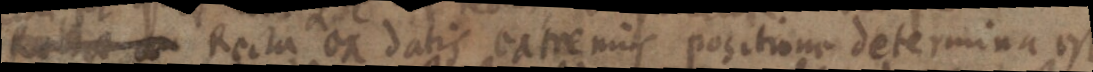
Recta _ Recta ex datis extremis positione determina est